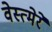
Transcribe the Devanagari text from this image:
वेस्त्मेरे